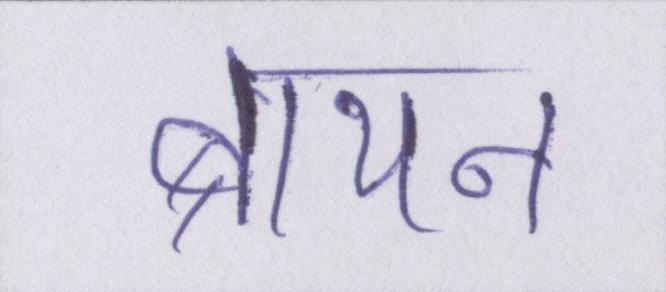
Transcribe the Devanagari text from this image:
ब्रायन